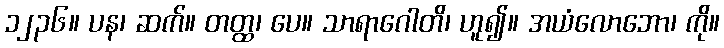
၁၂၃၆။ ပန၊ ဆက်။ တတ္ထ၊ ပေ။ သာရာဂေါတိ၊ ဟူ၍။ အယံလောဘော၊ ကို။